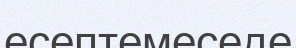
есептемеседе